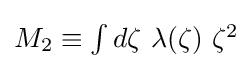
{\textstyle M_{2}\equiv \int d\zeta \ \lambda (\zeta )\ \zeta ^{2}}